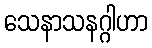
သေနာသနဂ္ဂါဟာ